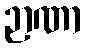
ဉာဏာ